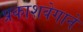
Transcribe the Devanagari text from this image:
प्रकाशवेगाने